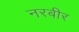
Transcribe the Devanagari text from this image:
नरबीर